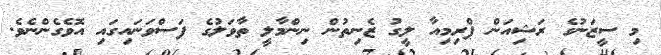
މި ސީޒަނުގެ ރަޝިއަން ޕްރިމިއާ ލީގު ޒެނިތުން ނިންމާލީ ތާވަލުގެ ފަސްވަނައިގައި އޮވެގެންނެވެ.